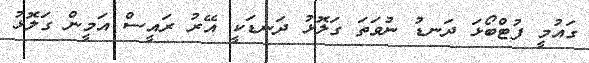
ގައުމީ ފުޓްބޯޅަ ދަނޑު ނުވަތަ ގަލޮޅު ދަނޑަކީ އޭރު ރައީސް އަމީން ގަލޮޅު